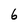
Character: 6